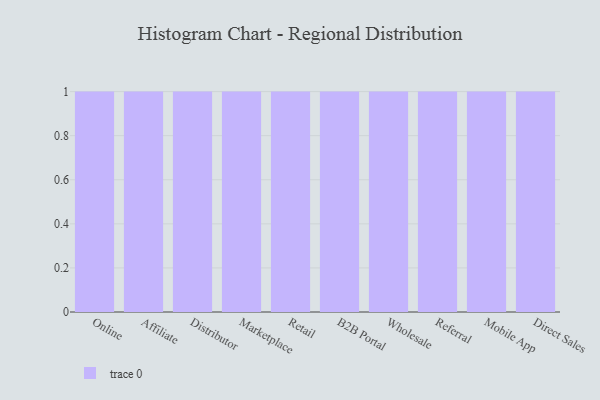
{"axis": {"x": "Channel", "y": "Shipments"}, "legend": [""], "data": [{"x": "Online", "y": 45, "type": ""}, {"x": "Affiliate", "y": 62, "type": ""}, {"x": "Distributor", "y": 47, "type": ""}, {"x": "Marketplace", "y": 42, "type": ""}, {"x": "Retail", "y": 35, "type": ""}, {"x": "B2B Portal", "y": 35, "type": ""}, {"x": "Wholesale", "y": 24, "type": ""}, {"x": "Referral", "y": 18, "type": ""}, {"x": "Mobile App", "y": 60, "type": ""}, {"x": "Direct Sales", "y": 60, "type": ""}]}